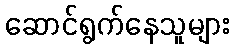
ဆောင်ရွက်နေသူများ